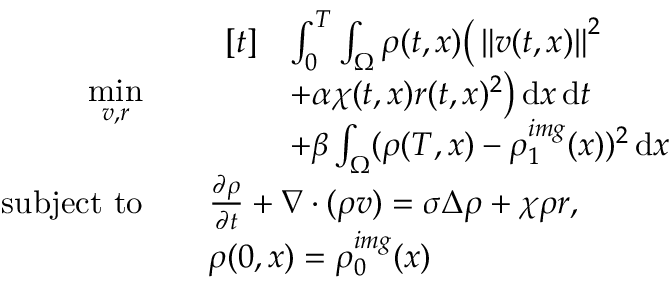
\begin{array} { r l } { \underset { v , r } { \mathrm { m i n } } \quad } & { \begin{array} { r l } { [ t ] } & { \int _ { 0 } ^ { T } \int _ { \Omega } \rho ( t , x ) \big ( \left\lVert v ( t , x ) \right\rVert ^ { 2 } } \\ & { + \alpha \chi ( t , x ) r ( t , x ) ^ { 2 } \big ) \, \mathrm { d } x \, \mathrm { d } t } \\ & { + \beta \int _ { \Omega } ( \rho ( T , x ) - \rho _ { 1 } ^ { i m g } ( x ) ) ^ { 2 } \, \mathrm { d } x } \end{array} } \\ { \mathrm { s u b j e c t ~ t o } \quad } & { \frac { \partial \rho } { \partial t } + \nabla \cdot ( \rho v ) = \sigma \Delta \rho + \chi \rho r , } \\ & { \rho ( 0 , x ) = \rho _ { 0 } ^ { i m g } ( x ) } \end{array}